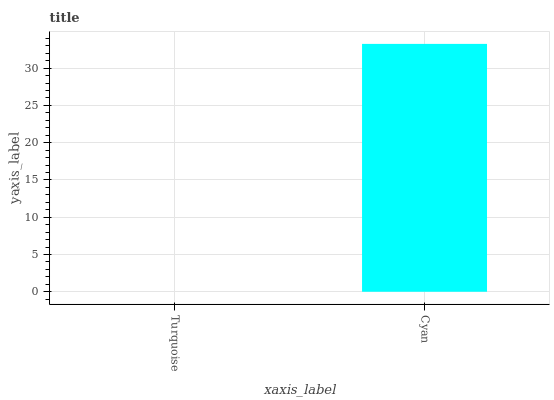
| xaxis_label | bars |
 | --- | --- |
 | Turquoise | 0 |
 | Cyan | 33.3 |